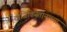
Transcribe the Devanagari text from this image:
ताजिकिस्तानाच्या